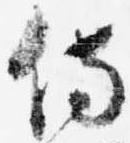
侍